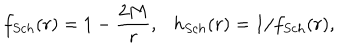
LaTeX: f _ { S c h } ( r ) = 1 - \frac { 2 M } { r } , \ \ \ h _ { S c h } ( r ) = 1 / f _ { S c h } ( r ) ,